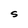
Character: S